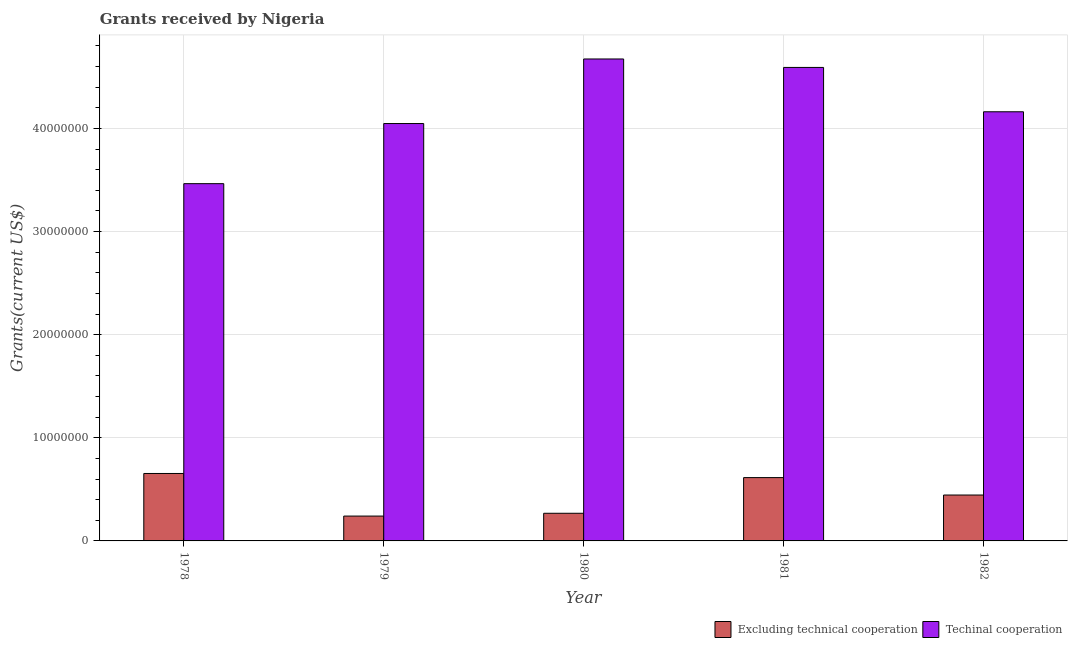
| Year | Excluding technical cooperation | Techinal cooperation |
 | --- | --- | --- |
 | 1978 | 6.54e+06 | 3.46e+07 |
 | 1979 | 2.41e+06 | 4.05e+07 |
 | 1980 | 2.68e+06 | 4.67e+07 |
 | 1981 | 6.14e+06 | 4.59e+07 |
 | 1982 | 4.45e+06 | 4.16e+07 |